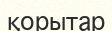
қорытар